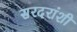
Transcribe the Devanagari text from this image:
सरदरांशी